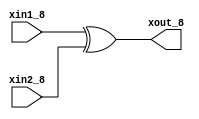
module XOR_8BIT(xout_8,xin1_8,xin2_8);
    input [7:0] xin1_8,xin2_8;
    output reg [7:0] xout_8;

    always @(*) begin
        xout_8 = xin1_8 ^ xin2_8;
    end
endmodule